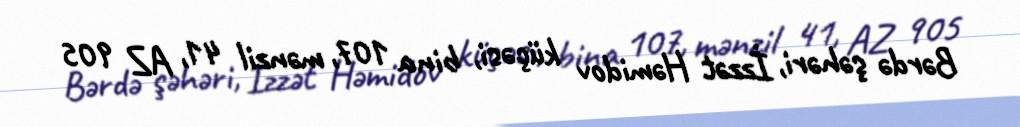
Bərdə şəhəri, İzzət Həmidov küçəsi, bina 107, mənzil 41, AZ 905